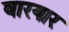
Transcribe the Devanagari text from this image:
वारयार